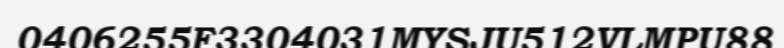
0406255F3304031MYSJU512VLMPU88